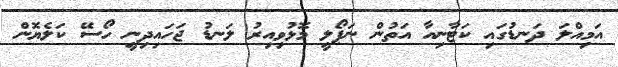
އަމިއްލަ ދަނޑުގައި ކަޓާނިއާ އަތުން ނަޕޯލީ މޮޅުވިއިރު ލަނޑު ޖަހައިދިނީ ހޯސޭ ކަލެޔޮން